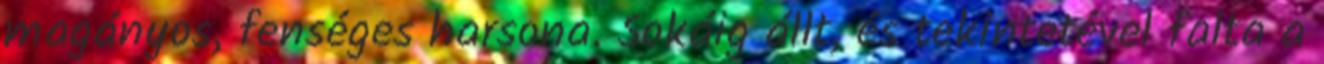
magányos, fenséges harsona. Sokáig állt, és tekintetével falta a